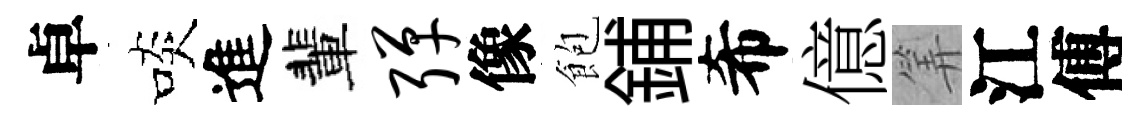
卓啖進輩弹像飽鋪希億筭江傅